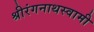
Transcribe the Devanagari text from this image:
श्रीरंगनाथस्वामी